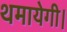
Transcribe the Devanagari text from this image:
थमायेगी।